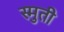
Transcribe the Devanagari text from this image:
स्मुती